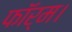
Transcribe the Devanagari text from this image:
फॉर्म।